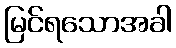
မြင်ရသောအခါ